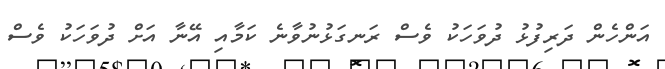
އަންހެން ދަރިފުޅު ދުވަހަކު ވެސް ރަނގަޅުނުވާނެ ކަމާއި އޭނާ އަށް ދުވަހަކު ވެސް